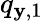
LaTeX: q_{\mathbf{y},1}